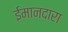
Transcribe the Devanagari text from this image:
ईमानदारा